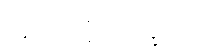
ဘူတပုဗ္ဗံ ဘိက္ခဝေ၊